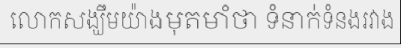
លោកសង្ឃឹមយ៉ាងមុតមាំថា ទំនាក់ទំនងរវាង